Veski_algkool, lk 26
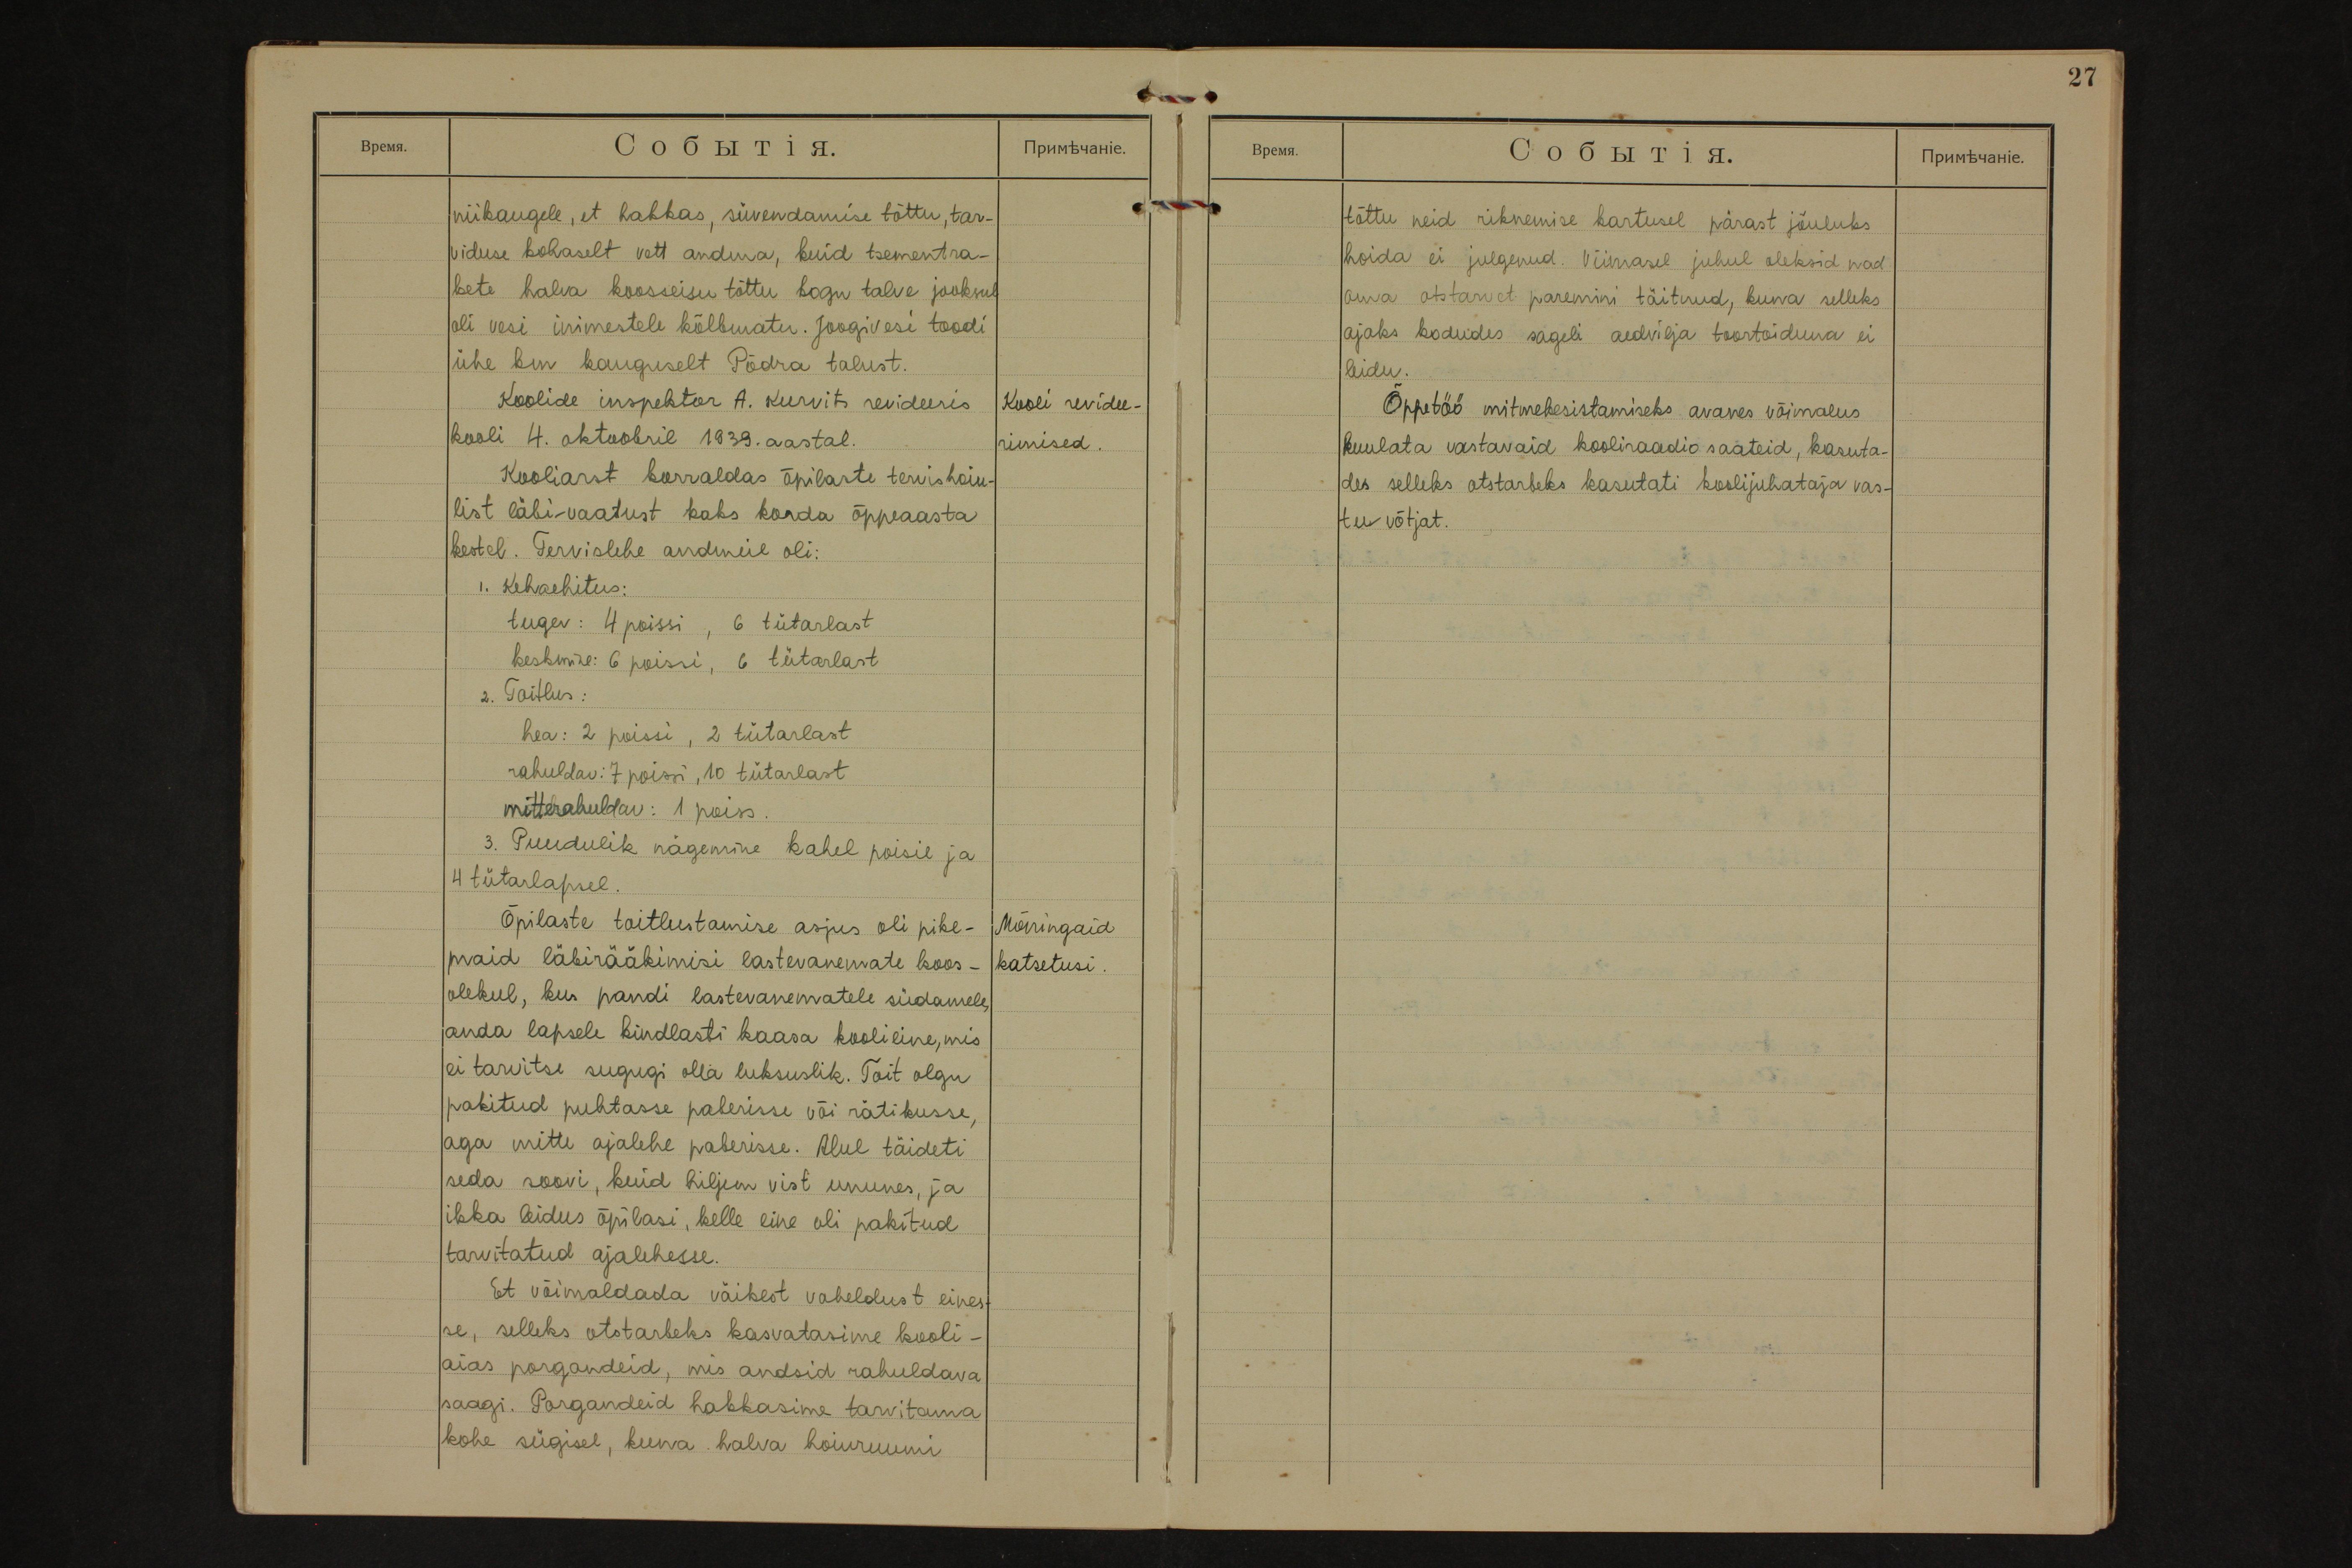
niikaugele, et hakkas, süvendamise tõttu, tar-
viduse kohaselt vett andma, kuid tsementra-
kete halva koosseisu tõttu kogu talve jooksul
oli vesi inimestele kõlbmatu. Joogivesi toodi
ühe km kauguselt Põdra talust.
Kooli revidee-
rimised.
Koolide inspektor A. Kurvits revideeris
kooli 4. oktoobril 1939. aastal.
Kooliarst korraldas õpilaste tervishoiu-
list läbivaatust kaks korda õppeaasta
kestel. Tervislehe andmeil oli:
1. Kehaehitus:
tugev: 4 poissi, 6 tütarlast
keskmine: 6 poissi, 6 tütarlast
2. Toitlus:
hea: 2 poissi, 2 tütarlast
rahuldav: 7 poissi, 10 tütarlast
mitterahuldav : 1 poiss.
3. Puudulik nägemine kahel poisil ja
4 tütarlapsel.
Mõningaid
katsetusi.
Õpilaste toitlustamise asjus oli pike-
maid läbirääkimisi lastevanemate koos-
olekul, kus pandi lastevanematele südamele
anda lapsele kindlasti kaasa koolieine, mis
ei tarvitse sugugi olla luksuslik. Toit olgu
pakitud puhtasse paberisse või rätikusse,
aga mitte ajalehe paberisse. Alul täideti
seda soovi, kuid hiljem vist ununes, ja
ikka leidus õpilasi, kelle eine oli pakitud
tarvitatud ajalehesse.
Et võimaldada väikest vaheldust eines-
se, selleks otstarbeks kasvatasime kooli-
aias porgandeid, mis andsid rahuldava
saagi. Porgandeid hakkasime tarvitama
kohe sügisel, kuna halva hoiuruumi

tõttu neid riknemise kartusel pärast jõuluks
hoida ei julgenud. Viimasel juhul oleksid nad
oma otstarvet paremini täitnud, kuna selleks
ajaks kodudes sageli aedvilja toortoiduna ei
leidu.
Õppetöö mitmekesistamiseks avanes võimalus
kuulata vastavaid kooliraadio saateid, kasuta-
des selleks otstarbeks kasutati koolijuhataja vas-
tuvõtjat.

27